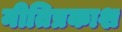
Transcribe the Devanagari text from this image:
नीतिप्रकाश